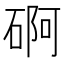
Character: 𮀫